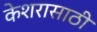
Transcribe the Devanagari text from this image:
केशरासाठी